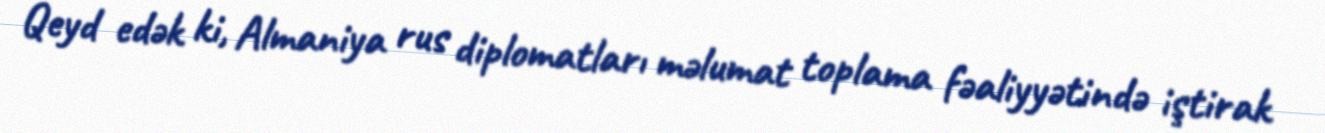
Qeyd edək ki, Almaniya rus diplomatları məlumat toplama fəaliyyətində iştirak